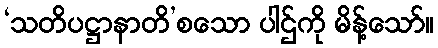
‘သတိပဋ္ဌာနာတိ’စသော ပါဌ်ကို မိန့်သော်။